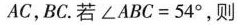
AC，BC.若$$∠ A B C = 5 4 °$$，则